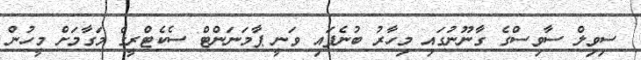
ސިވިލް ސާވިސްގެ ގާނޫނުގައި މިހާރު ބުނެފައި ވަނީ ޕާމަނަންޓް ސެކެޓްރީގެ މަގާމަށް މީހުން